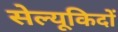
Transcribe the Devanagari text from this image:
सेल्यूकिदों